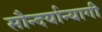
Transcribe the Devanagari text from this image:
सौन्दर्यान्यागी